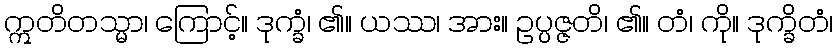
ဣတိတသ္မာ၊ ကြောင့်။ ဒုက္ခံ၊ ၏။ ယဿ၊ အား။ ဥပ္ပဇ္ဇတိ၊ ၏။ တံ၊ ကို။ ဒုက္ခိတံ၊